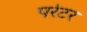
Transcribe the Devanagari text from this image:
परेटर